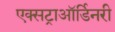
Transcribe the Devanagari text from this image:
एक्सट्राऑर्डिनरी